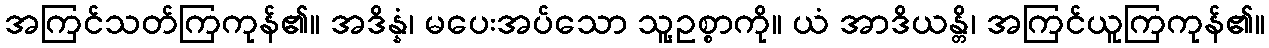
အကြင်သတ်ကြကုန်၏။ အဒိန္နံ၊ မပေးအပ်သော သူ့ဥစ္စာကို။ ယံ အာဒိယန္တိ၊ အကြင်ယူကြကုန်၏။